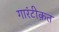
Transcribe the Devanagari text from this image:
गारंटीक़त